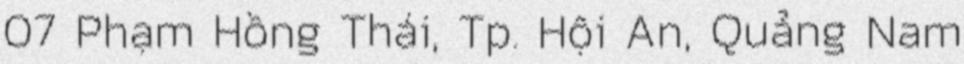
07 Phạm Hồng Thái, Tp. Hội An, Quảng Nam